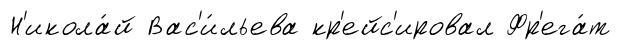
Н'икола́й Вас'и́льева кр'ейс'ировал Фр'ега́т